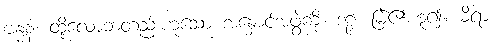
ဗန္ဓနံ၊ ထိုလောဘတည်းဟူသော အနှောင်အဖွဲ့ကို။ ဒဠှံ၊ မြဲ၏ဟူ၍။ ဓိရာ၊